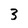
Character: 3